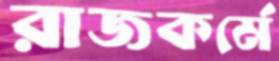
রাজকর্মে